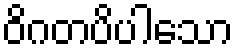
ဝိဂတပိပါသော